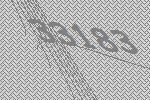
33183